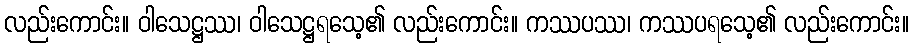
လည်းကောင်း။ ဝါသေဋ္ဌဿ၊ ဝါသေဋ္ဌရသေ့၏ လည်းကောင်း။ ကဿပဿ၊ ကဿပရသေ့၏ လည်းကောင်း။